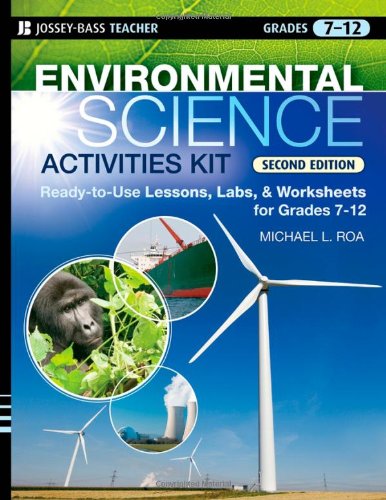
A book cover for Environmental Science Activities Kit: Ready-to-Use Lessons, Labs, and Worksheets for Grades 7-12; Michael L. Roa; Science & Math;